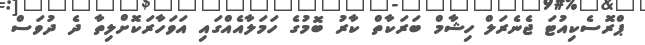
ޕްރޮސެކިއުޓަ ޖެނެރަލް ހިޝާމް ބަރަކާތް ކާރު ބޮމުގެ ހަމަލާއެއްގައި އަވަހާރަކޮށްލިތާ ދެ ދުވަސް